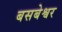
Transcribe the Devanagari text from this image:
बसबेश्वर